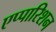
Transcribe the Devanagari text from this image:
एप्पारिशन